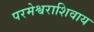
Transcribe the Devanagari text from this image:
परमेश्वराशिवाय